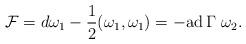
LaTeX: \begin{align*}{\cal F}=d\omega_1-{1\over 2}(\omega_1,\omega_1)=-{\rm ad}\, \Gamma \,\,\omega_2.\end{align*}